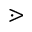
\gtrdot